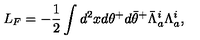
L _ { F } = - \frac { 1 } { 2 } \int d ^ { 2 } x d \theta ^ { + } d { \bar { \theta } } ^ { + } { \bar { \Lambda } } _ { a } ^ { i } \Lambda _ { a } ^ { i } ,